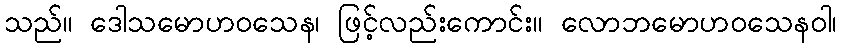
သည်။ ဒေါသမောဟဝသေန၊ ဖြင့်လည်းကောင်း။ လောဘမောဟဝသေနဝါ၊